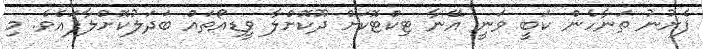
ފެށުނު ތަނާހެން ކަބީ ވަނީ އޭނާ ޓިކްޓޮކަށް ދޫކޮށްލާ ވީޑިއޯތައް ބަދަލުކޮށްލާފައެވެ. މި